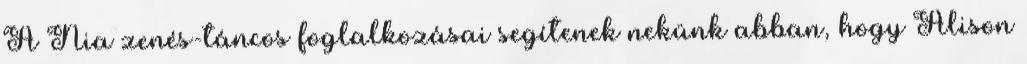
A Nia zenés-táncos foglalkozásai segítenek nekünk abban, hogy Alison